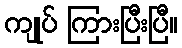
ကျုပ် ကြားပြီးပြီ။